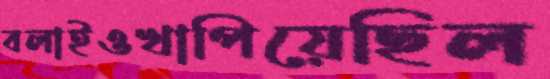
বলাইওখাপিয়েছিল